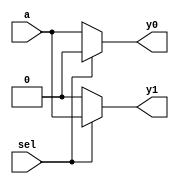
module demux(
  
  input a,
  input sel,
  output reg y0, 
  output reg y1
  
);
  
  always@(a,sel)
    begin
    	if(sel)
          begin
      	    y0=0;
            y1=a;
          end
  	else
          begin
            y0=a;
      	    y1=0;
          end
    end
endmodule